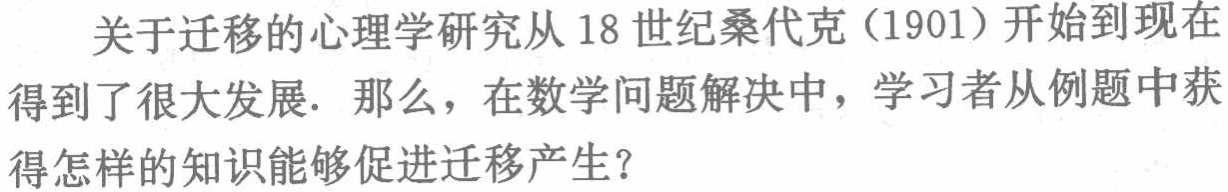
关于迁移的心理学研究从 18 世纪桑代克（1901）开始到现在得到了很大发展. 那么，在数学问题解决中，学习者从例题中获得怎样的知识能够促进迁移产生？